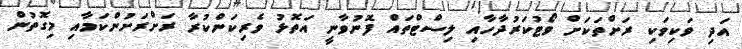
އަދި ވަކިވަކި ރަށްތަކަށް ވޯޓުކަރުދާހާއި ލިސްޓްތައް ފޮނުވާނީ އަތޮޅު ވެރިކަންކުރާ ރަށްރަށުންކަމާއި މިގޮތުން